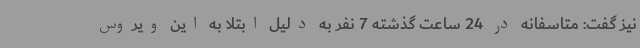
نیز گفت: متاسفانه در 24 ساعت گذشته 7 نفر به دلیل ابتلا به این ویروس